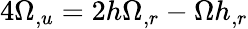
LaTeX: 4\Omega_{,u}=2h\Omega_{,r}-\Omega h_{,r}